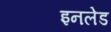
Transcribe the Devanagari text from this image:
इनलेड